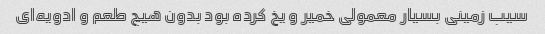
سیب زمینی بسیار معمولی خمیر و یخ کرده بود بدون هیچ طعم و ادویه‌ای